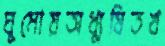
ঘুমোয়অধ্যুষিতখ